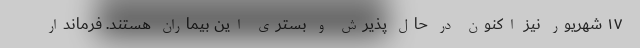
۱۷ شهریور نیز اکنون در حال پذیرش و بستری این بیماران هستند. فرماندار